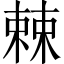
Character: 𣗥